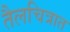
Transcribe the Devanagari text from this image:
तैलचित्रात